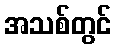
အသစ်တွင်